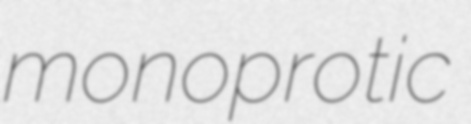
monoprotic